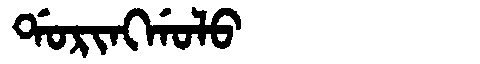
Manchu: ᡩᠣᡵᡳᠩᡤᠣᠯᠣ
Romanization: DORINGGOLO